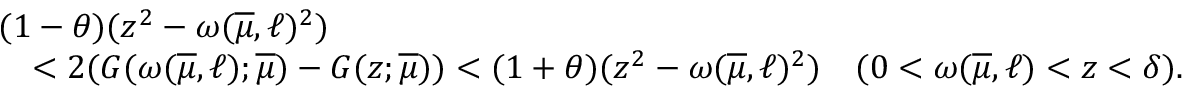
\begin{array} { r l } & { ( 1 - \theta ) ( z ^ { 2 } - \omega ( \overline { { \mu } } , \ell ) ^ { 2 } ) } \\ & { \quad < 2 ( G ( \omega ( \overline { { \mu } } , \ell ) ; \overline { { \mu } } ) - G ( z ; \overline { { \mu } } ) ) < ( 1 + \theta ) ( z ^ { 2 } - \omega ( \overline { { \mu } } , \ell ) ^ { 2 } ) \quad ( 0 < \omega ( \overline { { \mu } } , \ell ) < z < \delta ) . } \end{array}